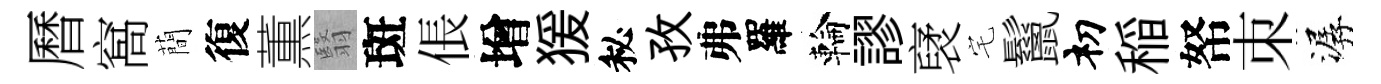
曆窩蕳復薫翳斑倀增猨秘孜弗羅輪謬裦宅鬣𥘉稲帑朿潺